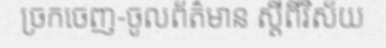
ច្រកចេញ-ចូលព័ត៌មាន ស្តីពីវិស័យ